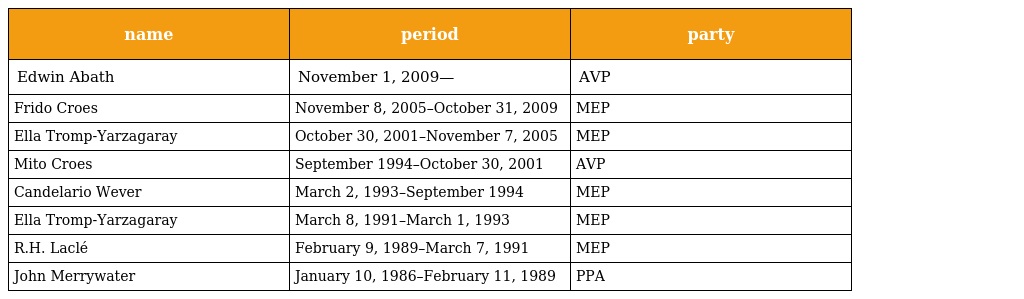
| name | period | party |
 | --- | --- | --- |
 | Edwin Abath | November 1, 2009— | AVP |
 | Frido Croes | November 8, 2005–October 31, 2009 | MEP |
 | Ella Tromp-Yarzagaray | October 30, 2001–November 7, 2005 | MEP |
 | Mito Croes | September 1994–October 30, 2001 | AVP |
 | Candelario Wever | March 2, 1993–September 1994 | MEP |
 | Ella Tromp-Yarzagaray | March 8, 1991–March 1, 1993 | MEP |
 | R.H. Laclé | February 9, 1989–March 7, 1991 | MEP |
 | John Merrywater | January 10, 1986–February 11, 1989 | PPA |